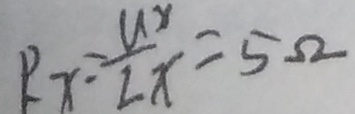
R x - \frac { u x } { 2 x } = 5 \Omega